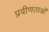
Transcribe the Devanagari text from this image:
प्रवीणताओं